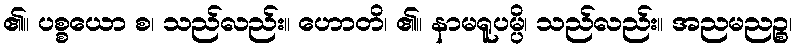
၏။ ပစ္စယော စ၊ သည်လည်း။ ဟောတိ၊ ၏။ နာမရူပမ္ပိ၊ သည်လည်း။ အညမညဉ္စ၊